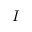
I